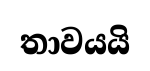
තාවයයි